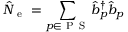
\hat { N } _ { \mathrm { ~ e ~ } } = \sum _ { p \in \ensuremath { \mathrm { ~ P ~ S ~ } } } \hat { b } _ { p } ^ { \dagger } \hat { b } _ { p }